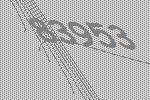
83953